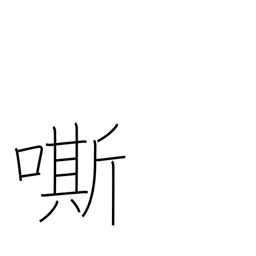
Meaning: whinny